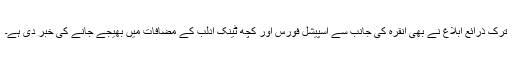
ترک ذرائع ابلاغ نے بھی انقرہ کی جانب سے اسپیشل فورس اور کچھ ٹینک ادلب کے مضافات میں بھیجے جانے کی خبر دی ہے۔